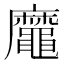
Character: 𪓹